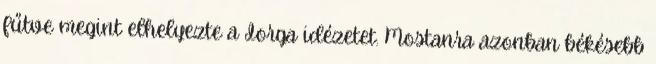
fűtve megint elhelyezte a Iorga idézetet. Mostanra azonban békésebb